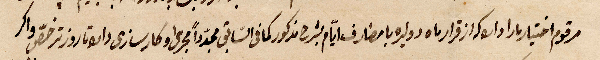
مرقوم اختيار بارا داسوكة ازقرار ماه دو ليرة مصارف أيام بشرح مذكور كما في السابق مجددًا مجرى ...